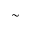
\sim